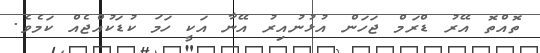
ތޮއްތޮ އޭރު ޑްރަމް ޖަހަން އުޅުނުއިރު އޭނާ އަކީ ހަމަ ކުޑަކުއްޖެއް ކަމެވެ.